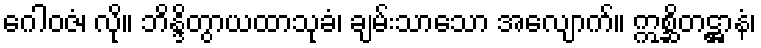
ဂေါဝဇံ၊ လို။ ဘိန္ဒိတွာယထာသုခံ၊ ချမ်းသာသော အလျောက်။ ဣစ္ဆိတဋ္ဌာနံ၊